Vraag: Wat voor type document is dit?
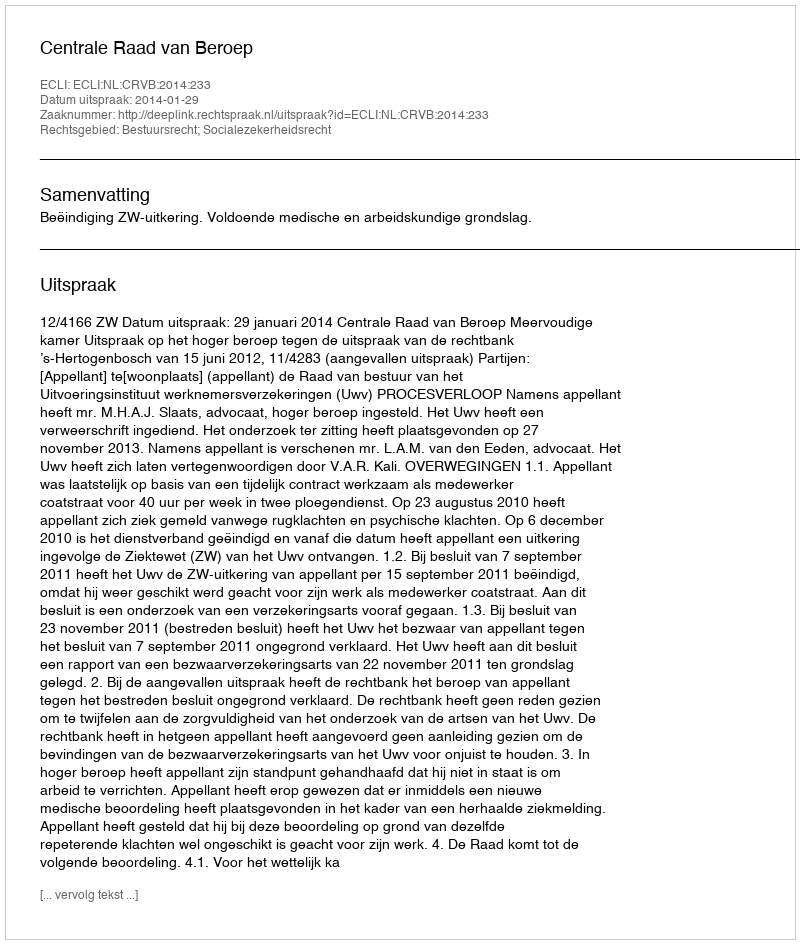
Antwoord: Uitspraak